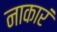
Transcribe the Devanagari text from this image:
नाकारं